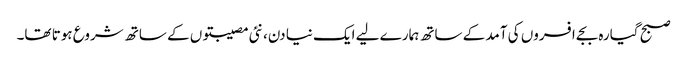
صبح گیارہ بجے افسروں کی آمد کے ساتھ ہمارے لیے ایک نیا دن، نئی مصیبتوں کے ساتھ شروع ہوتا تھا۔